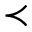
\prec